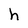
Character: h